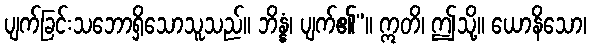
ပျက်ခြင်းသဘောရှိသောသူသည်။ ဘိန္နံ၊ ပျက်၏”။ ဣတိ၊ ဤသို့။ ယောနိသော၊